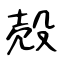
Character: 殻